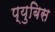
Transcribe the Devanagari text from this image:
प्युबिस